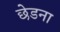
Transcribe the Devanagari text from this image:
छेडना